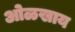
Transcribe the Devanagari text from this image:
ओळखाय